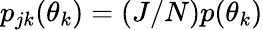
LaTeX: p_{jk}(\theta_{k})=(J/N)p(\theta_{k})